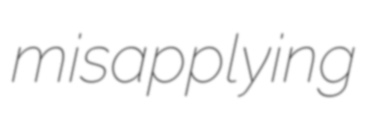
misapplying